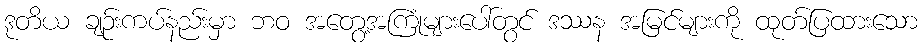
ဒုတိယ ချဉ်းကပ်နည်းမှာ ဘဝ အတွေ့အကြုံများပေါ်တွင် ဒဿန အမြင်များကို ထုတ်ပြထားသော